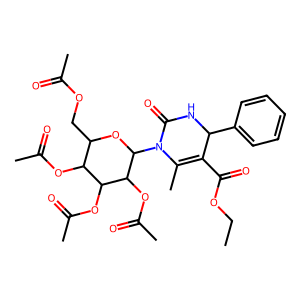
SMILES: CCOC(=O)C1=C(C)N(C2OC(COC(C)=O)C(OC(C)=O)C(OC(C)=O)C2OC(C)=O)C(=O)NC1c1ccccc1
Inhibits HIV replication: No